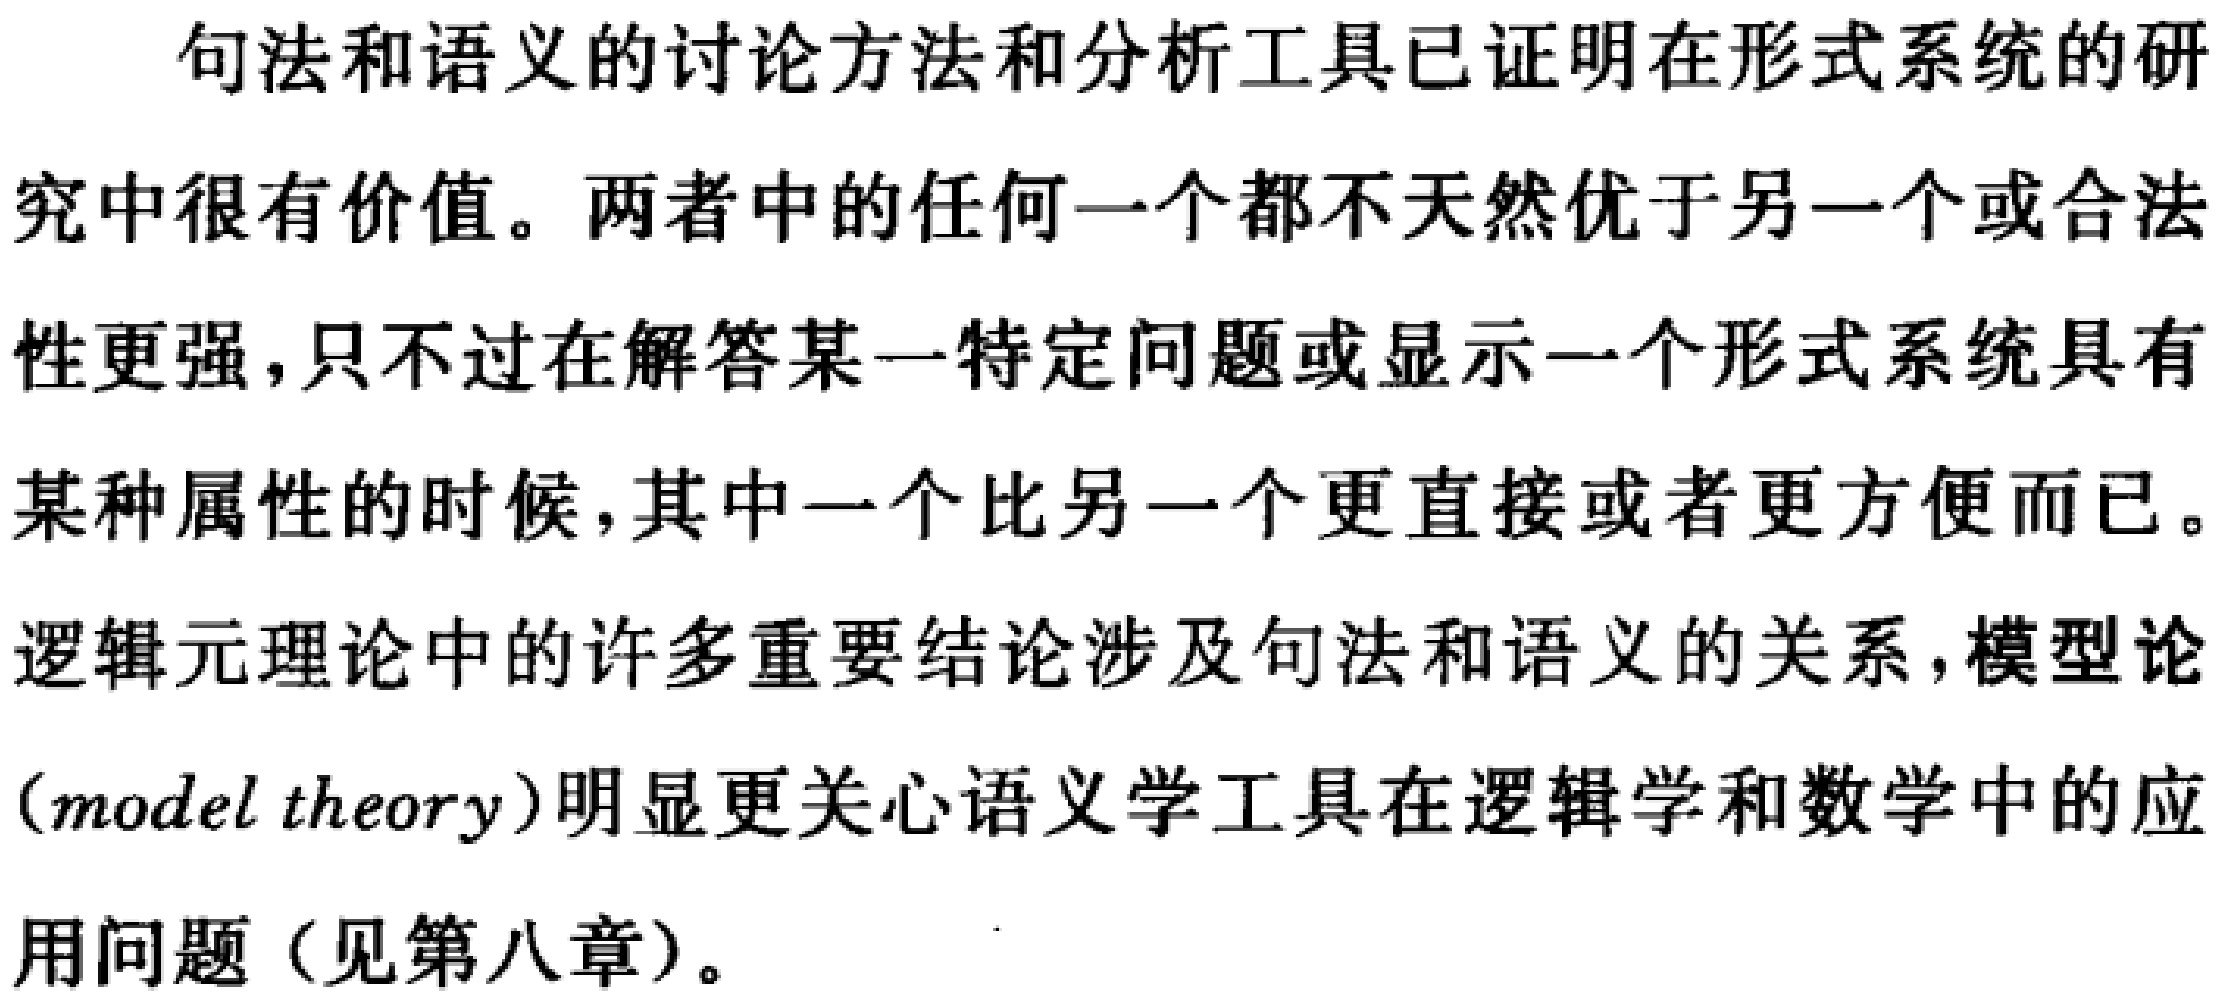
句法和语义的讨论方法和分析工具已证明在形式系统的研
究中很有价值。两者中的任何一个都不天然优于另一个或合法
性更强，只不过在解答某一特定问题或显示一个形式系统具有
某种属性的时候，其中一个比另一个更直接或者更方便而已。
逻辑元理论中的许多重要结论涉及句法和语义的关系，模型论
(model theory)明显更关心语义学工具在逻辑学和数学中的应
用问题（见第八章）。